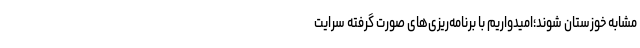
مشابه خوزستان شوند؛امیدواریم با برنامه‌ریزی‌های صورت گرفته سرایت